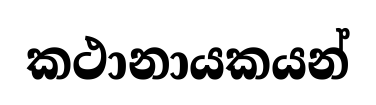
කථානායකයන්